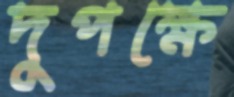
দুপক্ষে